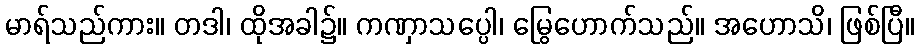
မာရ်သည်ကား။ တဒါ၊ ထိုအခါ၌။ ကဏှာသပ္ပေါ၊ မြွေဟောက်သည်။ အဟောသိ၊ ဖြစ်ပြီ။